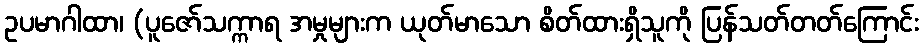
ဥပမာဂါထာ၊ (ပူဇော်သက္ကာရ အမှုများက ယုတ်မာသော စိတ်ထားရှိသူကို ပြန်သတ်တတ်ကြောင်း